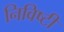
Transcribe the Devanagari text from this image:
निविष्टी